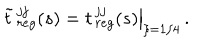
LaTeX: { \tilde { t } } { \, } _ { r e g } ^ { j j } ( s ) = \left. t { \, } _ { r e g } ^ { j j } ( s ) \right| _ { \xi = 1 / 4 } \, .